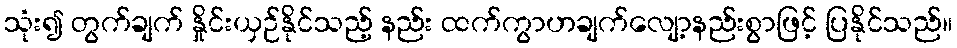
သုံး၍ တွက်ချက် နှိုင်းယှဉ်နိုင်သည့် နည်း ထက်ကွာဟချက်လျော့နည်းစွာဖြင့် ပြနိုင်သည်။